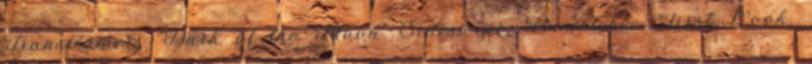
Transformers "Dark of the Moon" Sideswipe, Bumblebee: First Look.